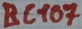
Text: BC107